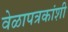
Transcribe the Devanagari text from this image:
वेळापत्रकांशी